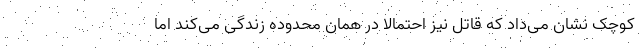
کوچک نشان می‌داد که قاتل نیز احتمالا در همان محدوده زندگی می‌کند اما